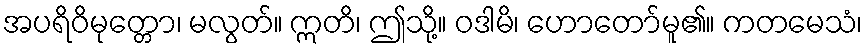
အပရိဝိမုတ္တော၊ မလွတ်။ ဣတိ၊ ဤသို့။ ဝဒါမိ၊ ဟောတော်မူ၏။ ကတမေသံ၊